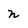
Character: n